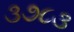
૩૭૮૩